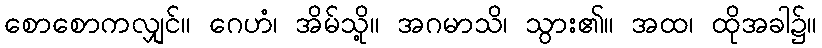
စောစောကလျှင်။ ဂေဟံ၊ အိမ်သို့။ အဂမာသိ၊ သွား၏။ အထ၊ ထိုအခါ၌။